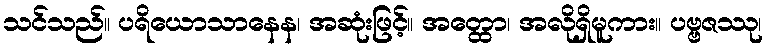
သင်သည်။ ပရိယောသာနေန၊ အဆုံးဖြင့်။ အတ္ထော၊ အလိုရှိမူကား။ ပဗ္ဗဇဿု၊